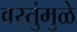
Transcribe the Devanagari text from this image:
वस्तुंमुळे